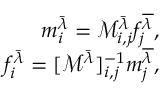
\begin{array} { r } { m _ { i } ^ { \bar { \lambda } } = \mathcal { M } _ { i , j } ^ { \bar { \lambda } } f _ { j } ^ { \overline { { \lambda } } } , } \\ { f _ { i } ^ { \bar { \lambda } } = [ \mathcal { M } ^ { \bar { \lambda } } ] _ { i , j } ^ { - 1 } m _ { j } ^ { \overline { { \lambda } } } , } \end{array}